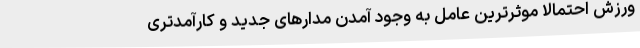
ورزش احتمالاً موثرترین عامل به وجود آمدن مدارهای جدید و کارآمدتری